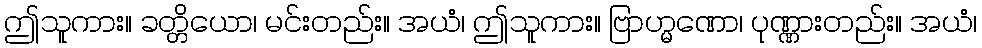
ဤသူကား။ ခတ္တိယော၊ မင်းတည်း။ အယံ၊ ဤသူကား။ ဗြာဟ္မဏော၊ ပုဏ္ဏားတည်း။ အယံ၊